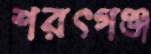
শরৎগঞ্জ